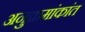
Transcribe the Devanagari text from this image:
अनुक्रमांकांत